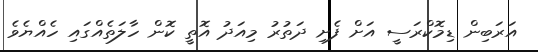
އަރަބިން ޑިމޮކްރަސީ އަށް ފެށި ދަތުރު މިއަދު އޮތީ ކޮން ހާލަތެއްގައި ހެއްޔެވެ